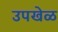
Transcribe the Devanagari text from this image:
उपखेळ